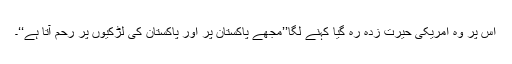
اس پر وہ امریکی حیرت زدہ رہ گیا کہنے لگا’’مجھے پاکستان پر اور پاکستان کی لڑکیوں پر رحم آتا ہے‘‘۔